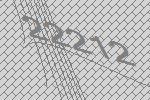
22212